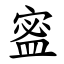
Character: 䀄